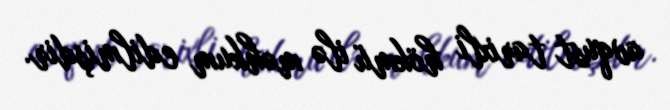
avqust tarixli hökmü ilə məhkum edilmişdir.